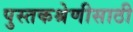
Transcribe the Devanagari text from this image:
पुस्तकश्रेणीसाठी